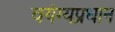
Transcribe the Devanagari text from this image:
वयंग्यप्रधान